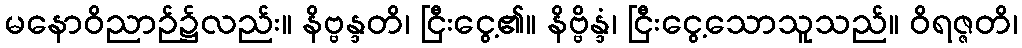
မနောဝိညာဉ်၌လည်း။ နိဗ္ဗန္ဒတိ၊ ငြီးငွေ့၏။ နိဗ္ဗိန္ဒံ၊ ငြီးငွေ့သောသူသည်။ ဝိရဇ္ဇတိ၊